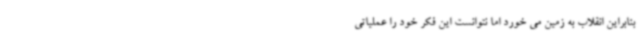
بنابراین انقلاب به زمین می خورد اما نتوانست این فکر خود را عملیاتی